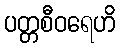
ပတ္တစီဝရေဟိ